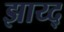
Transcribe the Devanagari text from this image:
झाय्द्